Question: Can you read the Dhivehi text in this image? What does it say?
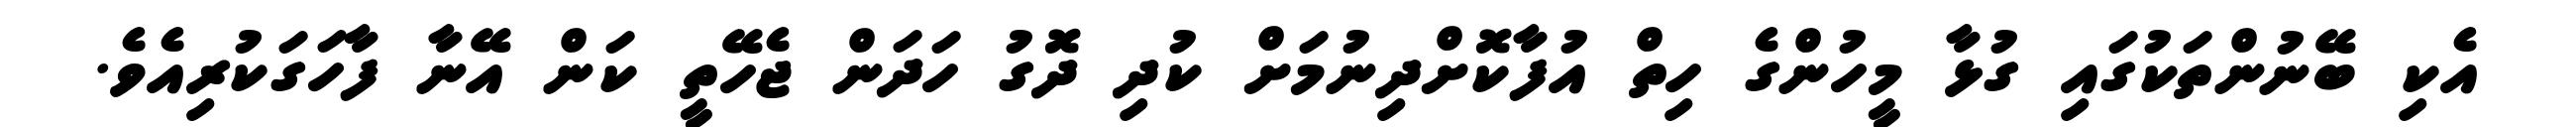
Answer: އެކި ބޭނުންތަކުގައި ގުޅާ މީހުންގެ ހިތް އުފާކޮށްދިނުމަށް ކުދި ދޮގު ހަދަން ޖެހޭތީ ކަން އޭނާ ފާހަގަކުރިއެވެ.